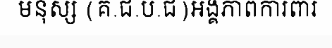
មនុស្ស (គ.ជ.ប.ជ)អង្គភាពការពារ